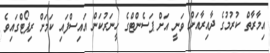
އިމާރާތް ކުރުމުގެ ދާއިރާއަށް ވަނީ އަށް ޕަސެންޓްގެ ހީނަރުކަން އައިސްފައި ކަމަށް ރިޕޯޓްގައިވެ